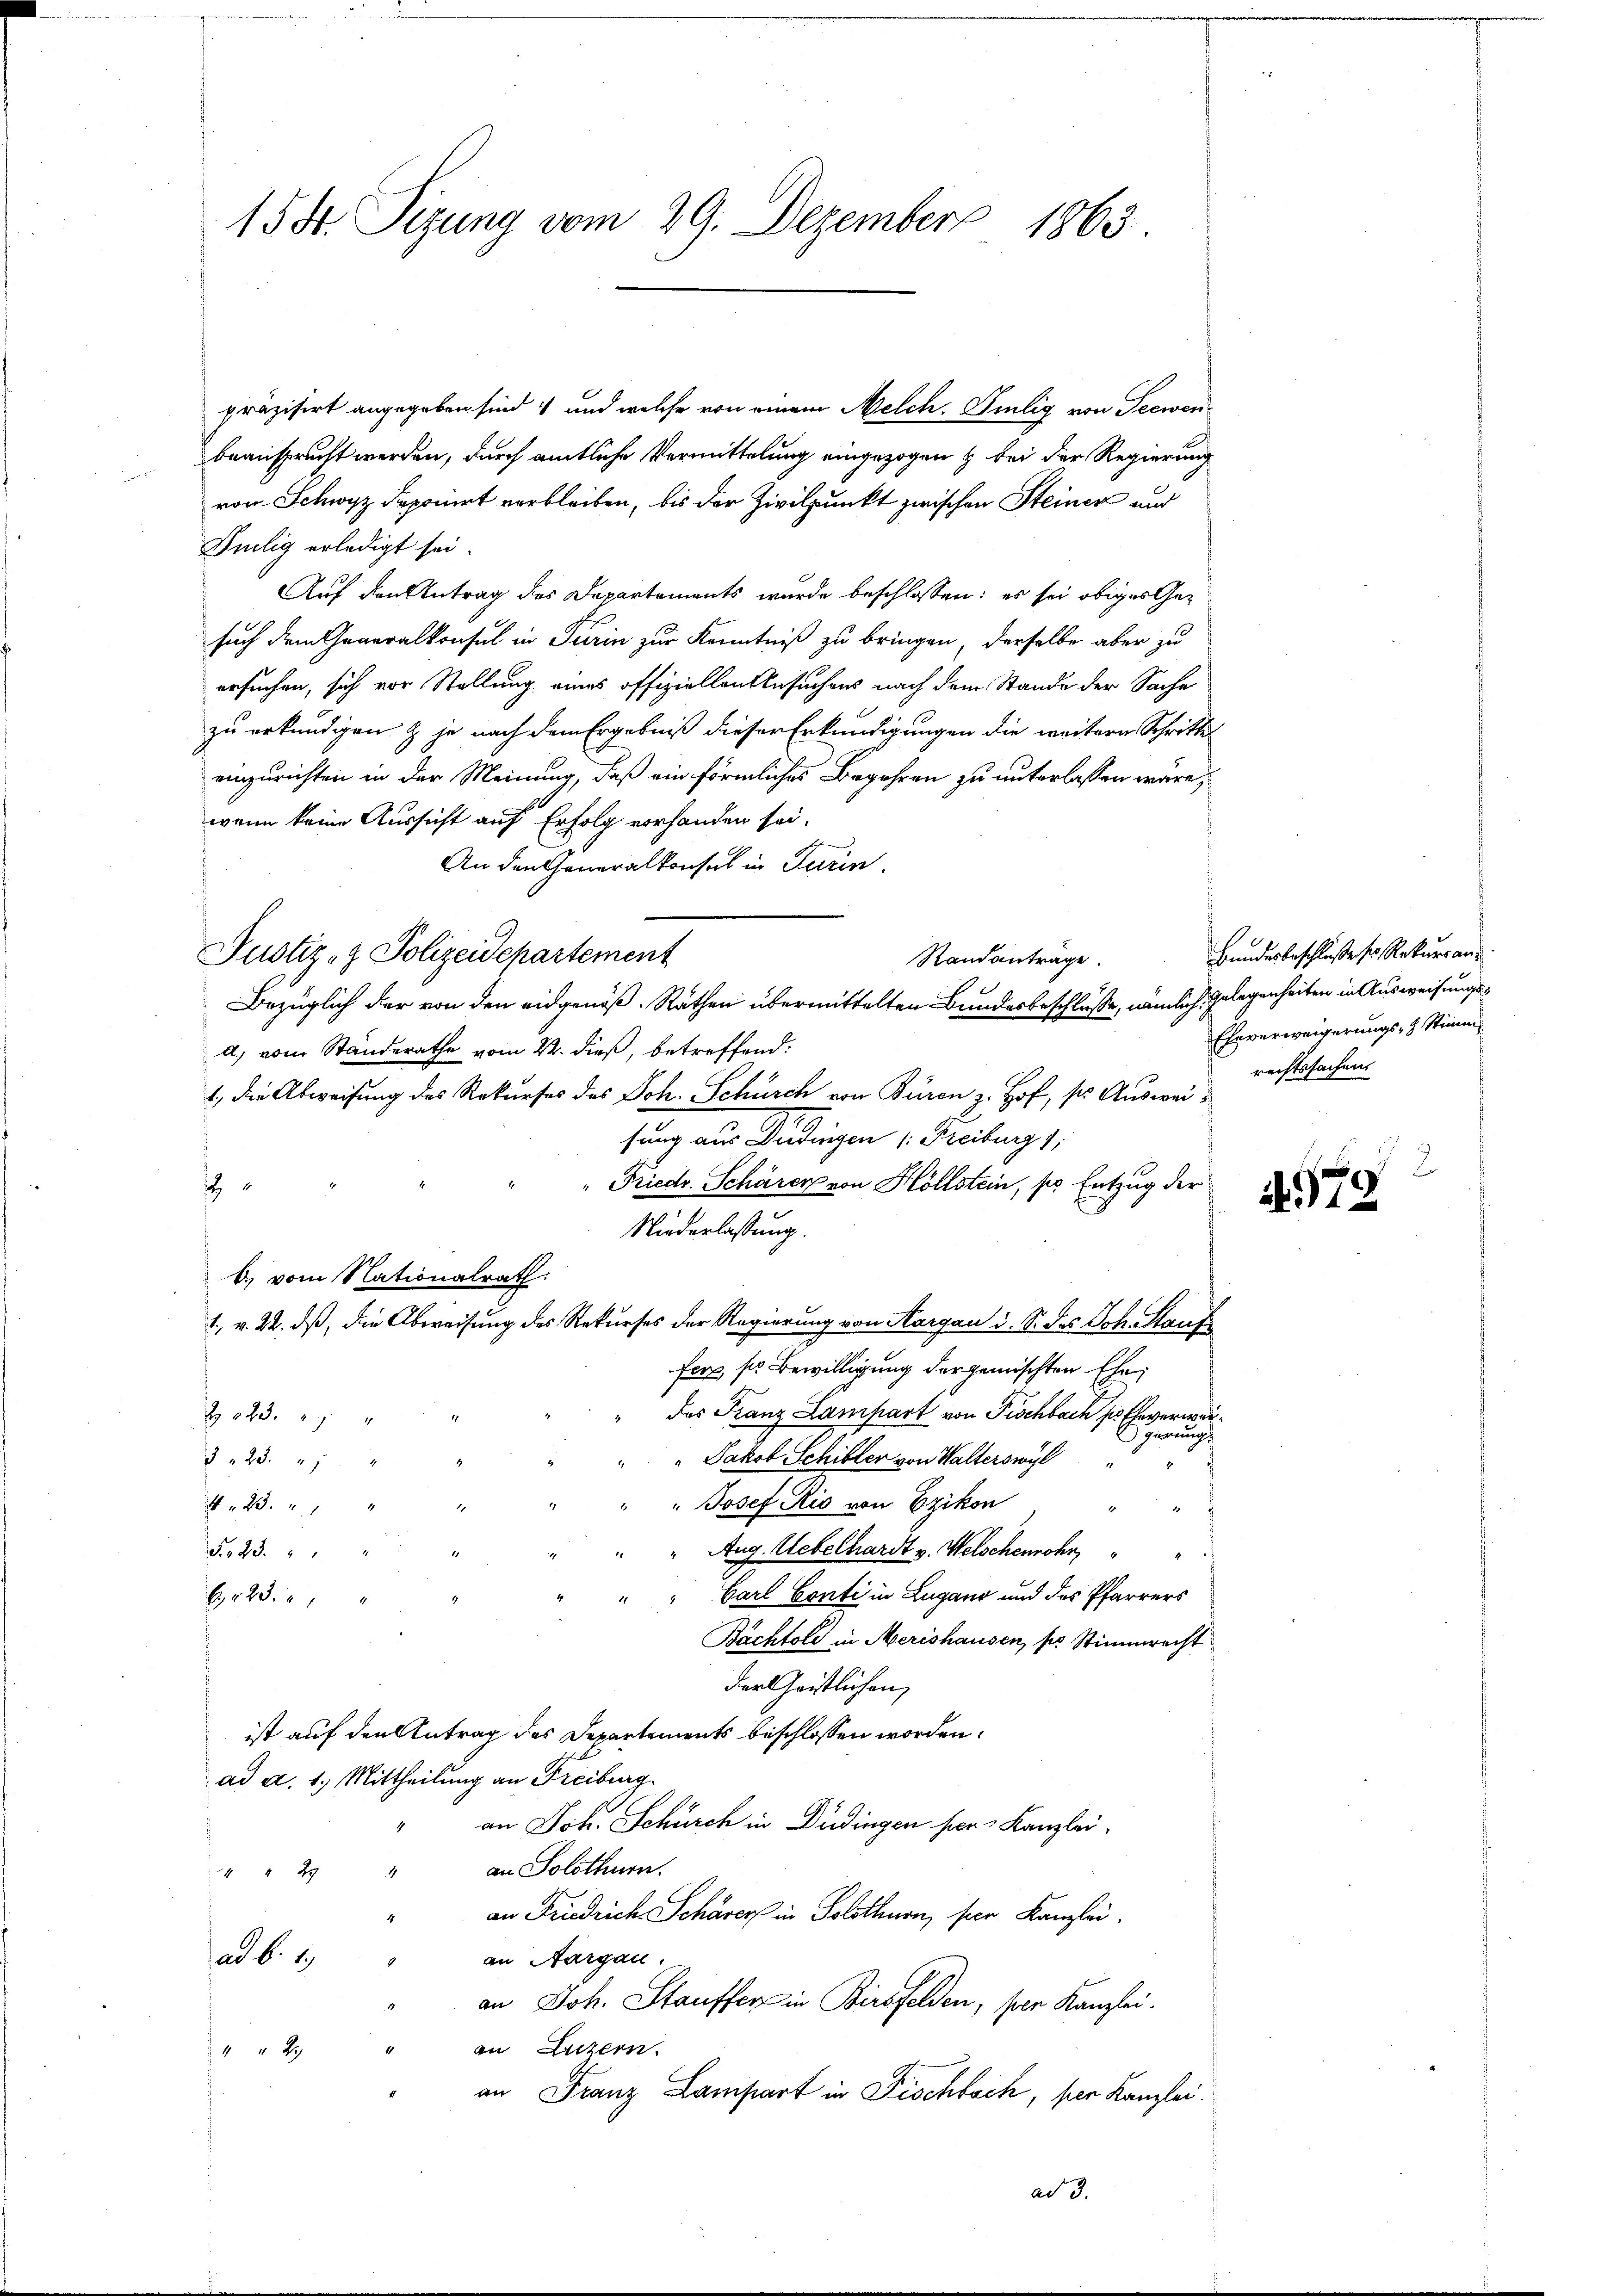
15 St. Sizung vom 29. Dezember 1863.

präzisirt angegeben sind; und welche von einem Melch. Silig von Seewen
beansprucht werden, durch amtliche Vermittelung eingezogen & bei der Regierung

von Schwyz deponirt verbleiben, bis der Zivilpunkt zwischen Steiner und
Veilig erledigt sei.
Auf den Antrag des Departements wurde beschlossen: es sei obiges Gesuch dem Generalkonsul in Turin zur Kenntniß zu bringen, derselbe aber zu
ersuchen, sich vor Stellung eines offiziellen Ansuchens nach dem Stande der Sache
zu erkundigen & je nach dem Ergebniß dieser Erkundigungen die weitern Schritte
einzurichten in der Meinung, daß ein förmliches Begehren zu unterlassen wäre,
wann keine Aussicht auf Erfolg vorhanden sei.
An den Generalkonsul in Turin.
Justiz- & Polizeidepartement
Randanträge.
Bezüglich der von den eidgenöß. Rathen übermittelten Bundesbeschlüsse, nämlich Gelegenheiten in Ausweisungsd. vom Standerathe vom 22. dieß, betreffend:
1., die Abweisung des Rekurses des Joh. Schürch von Büren z. Hof, so Ausweisung aus Dudingen (: Freiburg 1;
Friedr. Schärer von Höllstein, so Entzug der
i
Niederlassung.
 vom Nationalrath:
1., v. 22. ds, die Abweisung des Rekurses der Regierung von Aargau u. S. des Joh. Staufs
fer, so Bewilligung der gemischten Ehe
das Franz Lampart von Fischbach so Eheverwar¬
Z 223.
girung.
§ 23. " "
"Jakob Schibler von Walterswyl
Josef Rio von Ezikon
423.
4
" Aug. Uebelhardt v. Welschenwohn
S. 23. " " " "
" " Carl Conti in Lugano und des Pfarrers
23
Bachtold in Merishausen, pr Stimmrecht
der Geistlichen,
ist auf den Antrag des Departements beschlossen worden:
ad a. 1. Mittheilung an Freiburg
an Joh. Schürch in Düdingen hier Kanzlei.
" " 2 " an Solothurn.
an Friedrich Schärer in Solothurn, ser Kanzlei.
ad b. 2.
an Aargau.
an Joh. Stauffer in Birsfelden, ser Kanzlei.
an Luzern.
 2
an Franz Lampart in Fischbach, per Kanzlei.
ad 3.

Bundesbeschluße ser Rekurranz
Eheverweigerungs- & Stimm
rechtssachen

979